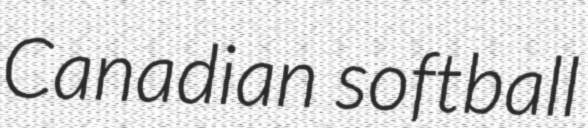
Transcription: Canadian softball